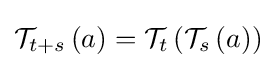
{\mathcal {T}}_{t+s}\left(a\right)={\mathcal {T}}_{t}\left({\mathcal {T}}_{s}\left(a\right)\right)